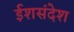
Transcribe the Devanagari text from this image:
ईशसंदेश